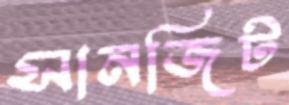
সানজিট